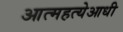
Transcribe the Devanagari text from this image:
आत्महत्येआधी